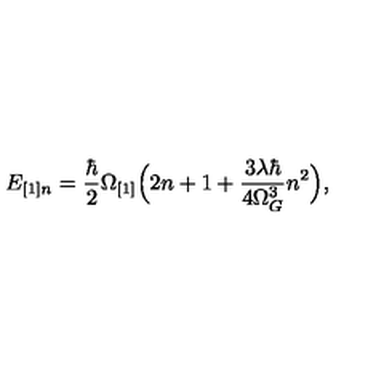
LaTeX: E _ { [ 1 ] n } = \frac { \hbar } { 2 } \Omega _ { [ 1 ] } \Bigl ( 2 n + 1 + \frac { 3 \lambda \hbar } { 4 \Omega _ { G } ^ { 3 } } n ^ { 2 } \Bigr ) ,